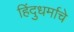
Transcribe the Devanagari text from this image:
हिंदुधर्माचे